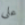
على